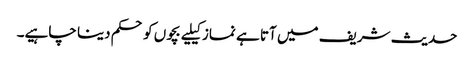
حدیث شریف میں آتا ہے نماز کیلیے بچوں کو حکم دینا چاہیے۔